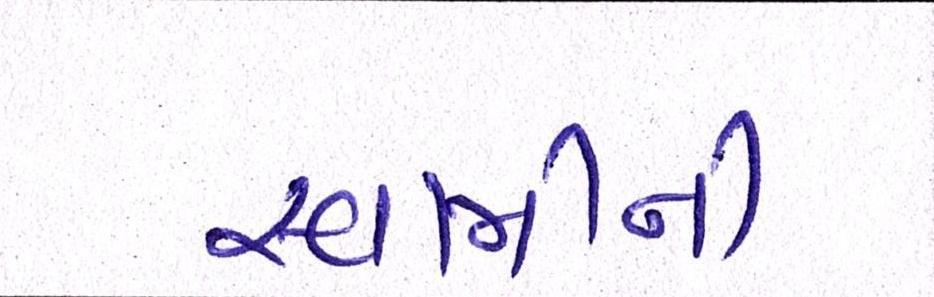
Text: સ્વામીની